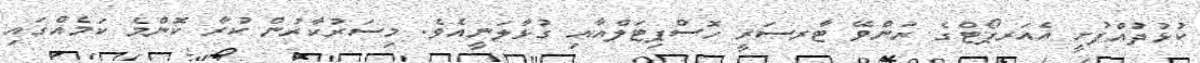
ކުޅުދުއްފުށީ އެއަރޕޯޓްގެ ރަންވޭ ޓާރސަރީ ހޮސްޕިޓަލްއާއި ގުޅާލަނީއެވެ. މިސަރުކާރުން ކުރާ ކޮންމެ ކަމެއްގައި